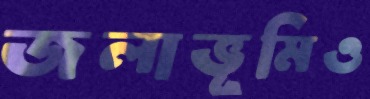
জলাভূমিও